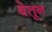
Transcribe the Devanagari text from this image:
बेतून